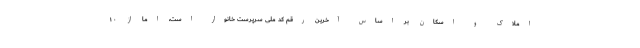
املاک و اسکان بر اساس آخرین رقم کد ملی سرپرست خانوار است، اما از ۱۰